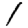
Digit: 1